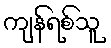
ကျန်ရစ်သူ